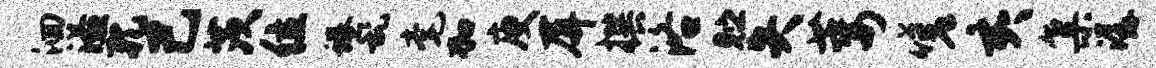
洄溢孔己茨位蜷乱毫加庾屏撰洛贮失萎嗟亥集潺